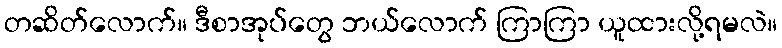
တဆိတ်လောက်။ ဒီစာအုပ်တွေ ဘယ်လောက် ကြာကြာ ယူထားလို့ရမလဲ။